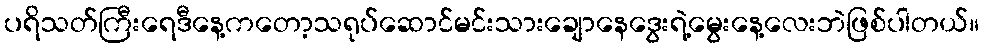
ပရိသတ်ကြီးရေဒီနေ့ကတော့သရုပ်ဆောင်မင်းသားချောနေဒွေးရဲ့မွေးနေ့လေးဘဲဖြစ်ပါတယ်။